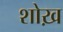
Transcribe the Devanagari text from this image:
शोख़